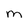
Character: m